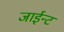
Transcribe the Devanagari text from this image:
जाईन्ट